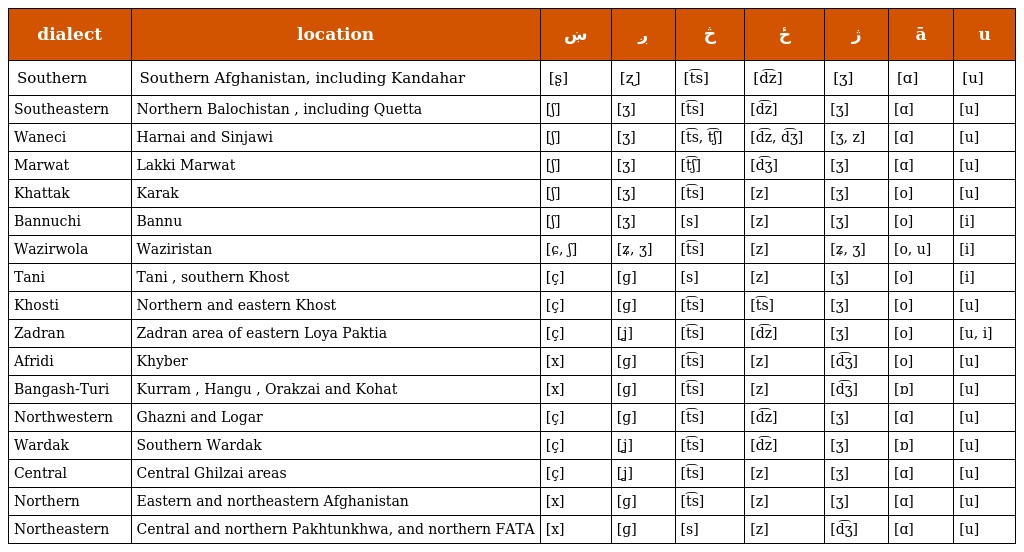
| dialect | location | ښ | ږ | څ | ځ | ژ | ā | u |
 | --- | --- | --- | --- | --- | --- | --- | --- | --- |
 | Southern | Southern Afghanistan, including Kandahar | [ʂ] | [ʐ] | [t͡s] | [d͡z] | [ʒ] | [ɑ] | [u] |
 | Southeastern | Northern Balochistan , including Quetta | [ʃ] | [ʒ] | [t͡s] | [d͡z] | [ʒ] | [ɑ] | [u] |
 | Waneci | Harnai and Sinjawi | [ʃ] | [ʒ] | [t͡s, t͡ʃ] | [d͡z, d͡ʒ] | [ʒ, z] | [ɑ] | [u] |
 | Marwat | Lakki Marwat | [ʃ] | [ʒ] | [t͡ʃ] | [d͡ʒ] | [ʒ] | [ɑ] | [u] |
 | Khattak | Karak | [ʃ] | [ʒ] | [t͡s] | [z] | [ʒ] | [o] | [u] |
 | Bannuchi | Bannu | [ʃ] | [ʒ] | [s] | [z] | [ʒ] | [o] | [i] |
 | Wazirwola | Waziristan | [ɕ, ʃ] | [ʑ, ʒ] | [t͡s] | [z] | [ʑ, ʒ] | [o, u] | [i] |
 | Tani | Tani , southern Khost | [ç] | [ɡ] | [s] | [z] | [ʒ] | [o] | [i] |
 | Khosti | Northern and eastern Khost | [ç] | [ɡ] | [t͡s] | [t͡s] | [ʒ] | [o] | [u] |
 | Zadran | Zadran area of eastern Loya Paktia | [ç] | [ʝ] | [t͡s] | [d͡z] | [ʒ] | [o] | [u, i] |
 | Afridi | Khyber | [x] | [ɡ] | [t͡s] | [z] | [d͡ʒ] | [o] | [u] |
 | Bangash-Turi | Kurram , Hangu , Orakzai and Kohat | [x] | [ɡ] | [t͡s] | [z] | [d͡ʒ] | [ɒ] | [u] |
 | Northwestern | Ghazni and Logar | [ç] | [ɡ] | [t͡s] | [d͡z] | [ʒ] | [ɑ] | [u] |
 | Wardak | Southern Wardak | [ç] | [ʝ] | [t͡s] | [d͡z] | [ʒ] | [ɒ] | [u] |
 | Central | Central Ghilzai areas | [ç] | [ʝ] | [t͡s] | [z] | [ʒ] | [ɑ] | [u] |
 | Northern | Eastern and northeastern Afghanistan | [x] | [ɡ] | [t͡s] | [z] | [ʒ] | [ɑ] | [u] |
 | Northeastern | Central and northern Pakhtunkhwa, and northern FATA | [x] | [ɡ] | [s] | [z] | [d͡ʒ] | [ɑ] | [u] |